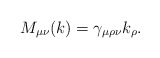
\begin{align*}M_{\mu \nu }(k)=\gamma _{\mu \rho \nu }k_{\rho }.\end{align*}